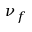
\nu _ { f }